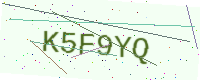
Text: K5F9YQ